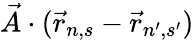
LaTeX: {\vec{A}}\cdot({\vec{r}}_{n,s}-{\vec{r}}_{n^{\prime},s^{\prime}})